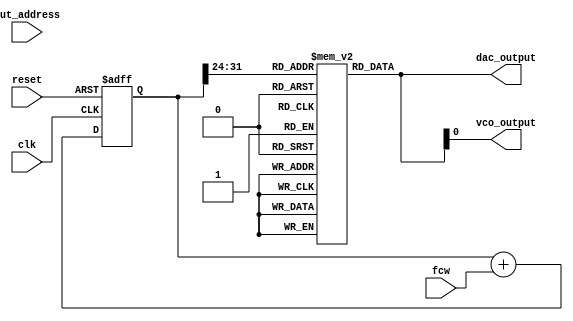
module DDS_PLL (
    input wire clk,                  // System clock
    input wire reset,                // Reset signal
    input wire [31:0] fcw,           // Frequency control word (FCW)
    input wire [11:0] lut_address,   // LUT address
    output reg [11:0] dac_output,     // DAC output
    output wire vco_output           // VCO output (simulated)
);

    // Phase Accumulator
    reg [31:0] phase_accumulator;

    // LUT: Example Sine Wave Lookup Table
    reg [11:0] sine_lut[0:255]; // Assuming 256 entries for sine wave
    initial begin
        // Initialize sine LUT (example)
        // Fill LUT with pre-computed values (0 to 255)
        // Let's assume you fill in 256 values for sine wave
        // For simplicity we can use a predefined sine LUT.
        // In practice, you would initialize this with actual sine values.
        // Here are 8 values for example
        sine_lut[0]   = 12'h000;
        sine_lut[1]   = 12'h100;  // Example values, calculate real sine values for your LUT
        sine_lut[2]   = 12'h200;
        sine_lut[3]   = 12'h300;
        sine_lut[4]   = 12'h400;
        sine_lut[5]   = 12'h500;
        sine_lut[6]   = 12'h600;
        sine_lut[7]   = 12'h700;
        // Fill the remaining LUT values accordingly.
    end

    // Phase Update Logic
    always @(posedge clk or posedge reset) begin
        if (reset) begin
            phase_accumulator <= 32'b0;
        end else begin
            phase_accumulator <= phase_accumulator + fcw;
        end
    end

    // LUT Output Generation
    always @(*) begin
        dac_output = sine_lut[phase_accumulator[31:24]]; // Use higher bits of phase for indexing
    end

    // Simulated VCO Output Logic (Placeholder Example)
    assign vco_output = dac_output; // In a real application, this would connect to a VCO

endmodule